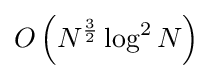
O\left(N^{3 \over 2}\log ^{2}N\right)